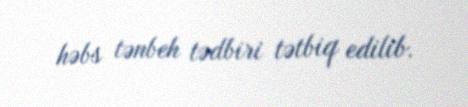
həbs tənbeh tədbiri tətbiq edilib.